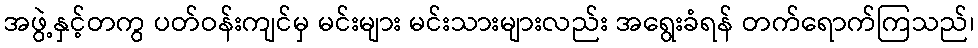
အဖွဲ့နှင့်တကွ ပတ်ဝန်းကျင်မှ မင်းများ မင်းသားများလည်း အရွေးခံရန် တက်ရောက်ကြသည်၊